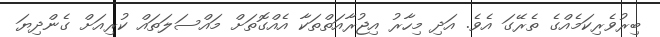
ބިރުވެރިކަމެއްގެ ތެރޭގަ އެވެ. އަދި މިހާރު އިޖުރާއަތްތަކާ އެއްގޮތަށް މައްސަލަތައް ކުރިއަށް ގެންދިޔަ